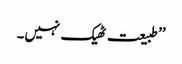
’’طبیعت ٹھیک نہیں۔